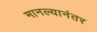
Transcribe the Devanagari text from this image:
मानल्यानंतर